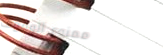
ممنوع الوقوف